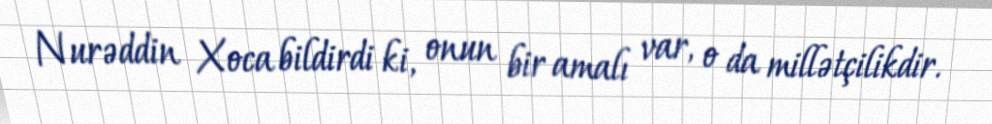
Nurəddin Xoca bildirdi ki, onun bir amalı var, o da millətçilikdir.